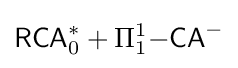
{\mathsf {RCA}}_{0}^{*}+\Pi _{1}^{1}{\mathsf {-CA}}^{-}